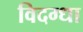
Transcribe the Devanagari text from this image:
विदग्धा